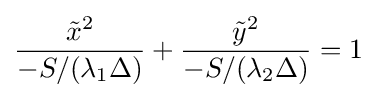
{\frac {{\tilde {x}}^{2}}{-S/(\lambda _{1}\Delta )}}+{\frac {{\tilde {y}}^{2}}{-S/(\lambda _{2}\Delta )}}=1